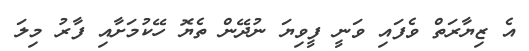
އެ ޒިޔާރަތް ވެފައި ވަނީ ފީވިޔަ ނުދޭން ތެޔޮ ހޭކުމަށާއި ފާރު މިލަ